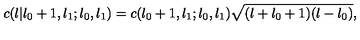
c ( l | l _ { 0 } + 1 , l _ { 1 } ; l _ { 0 } , l _ { 1 } ) = c ( l _ { 0 } + 1 , l _ { 1 } ; l _ { 0 } , l _ { 1 } ) \sqrt { ( l + l _ { 0 } + 1 ) ( l - l _ { 0 } ) } ,